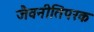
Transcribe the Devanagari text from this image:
जैवनीतिपरक